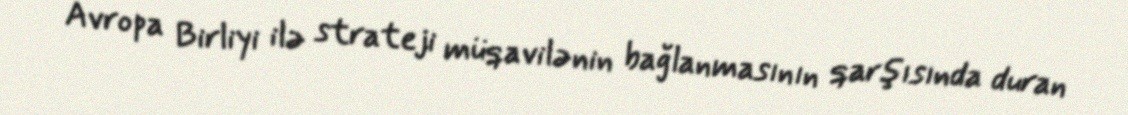
Avropa Birliyi ilə strateji müqavilənin bağlanmasının qarşısında duran